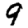
Digit: 9